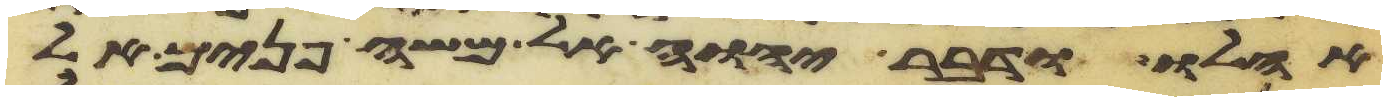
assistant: אהלו ודבר יהוה אל משה פנים אל